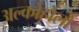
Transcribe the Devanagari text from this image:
अल्कोहोलों